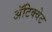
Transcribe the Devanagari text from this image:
अॅटिक्वेट